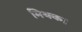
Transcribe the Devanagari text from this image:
मिथक।